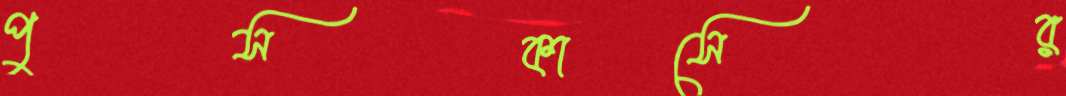
পুসকাসের